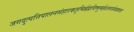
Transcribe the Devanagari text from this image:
जगदुत्पत्तिपालनसंहारकतृभिर्ब्रह्मविष्णुमहेशरूपसेव्यमाना